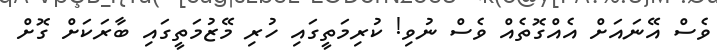
ވެސް އޭނައަށް އެއްގޮތެއް ވެސް ނުވި! ކުރިމަތީގައި ހުރި މޭޒުމަތީގައި ބާރަކަށް ގޮށް